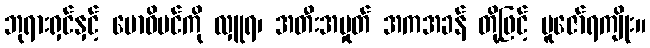
ဘုရားရှင်နှင့် ဗောဓိပင်ကို လှူရ၊ အတီးအမှုတ် အကအခန် တို့ဖြင့် ပူဇော်ရကျိုး။